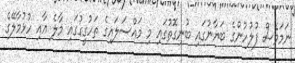
ނަމަވެސް ފުލުހުންގެ ބަޔާނުގައި ބުނިގޮތުގައި މި މައްސަލައިގެ ތަހުގީގުގައި މާލެ އާއި ހުޅުމާލޭގެ